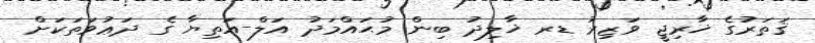
ޤަތަރުގެ ޚާރިޖީ ވަޒިރު ޑރ ޚާލިދު ބިން މުޙައްމަދު އަލް-އަތިޔާ ގެ ދަޢުވަތަކަށް